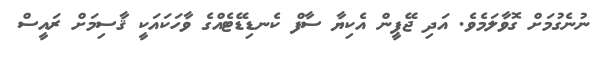
ނުނެގުމަށް ގޮވާލަމެވެ. އަދި ޖޭޕީން އެކިޔާ ސާފް ކެނޑިޑޭޓެއްގެ ވާހަކައަކީ ޤާސިމަށް ރައީސް